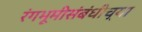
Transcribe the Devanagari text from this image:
रंगभूमीसंबंधीच्या